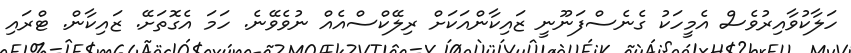
ހަލާކުވާއިރުވެސް އެމީހަކު ގެނެސްފަނޫނީ ޒައިކާންއަކަށް ރިލޭކްސްއެއް ނުވެވޭނެ. ހަމަ އެގޮތަށޭ. ޒައިކާން. ޓްރައި